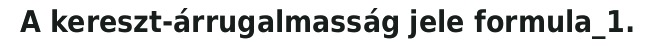
A kereszt-árrugalmasság jele formula_1.